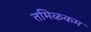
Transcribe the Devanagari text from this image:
तमिऴकम